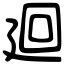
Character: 廻